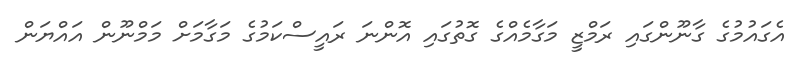
އެގައުމުގެ ގާނޫންގައި ރަމްޒީ މަގާމެއްގެ ގޮތުގައި އޮންނަ ރައީސްކަމުގެ މަގާމަށް މަމްނޫން އައްޔަން